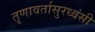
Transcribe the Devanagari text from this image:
तृणावर्तासुरध्वंसी